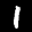
Label: 1